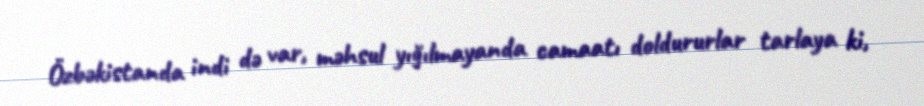
Özbəkistanda indi də var, məhsul yığılmayanda camaatı doldururlar tarlaya ki,